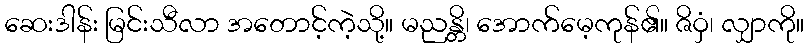
ဆေးဒါန်း မြင်းသီလာ အတောင့်ကဲ့သို့။ မညန္တိ၊ အောက်မေ့ကုန်၏။ ဇိဝှံ၊ လျှာကို။